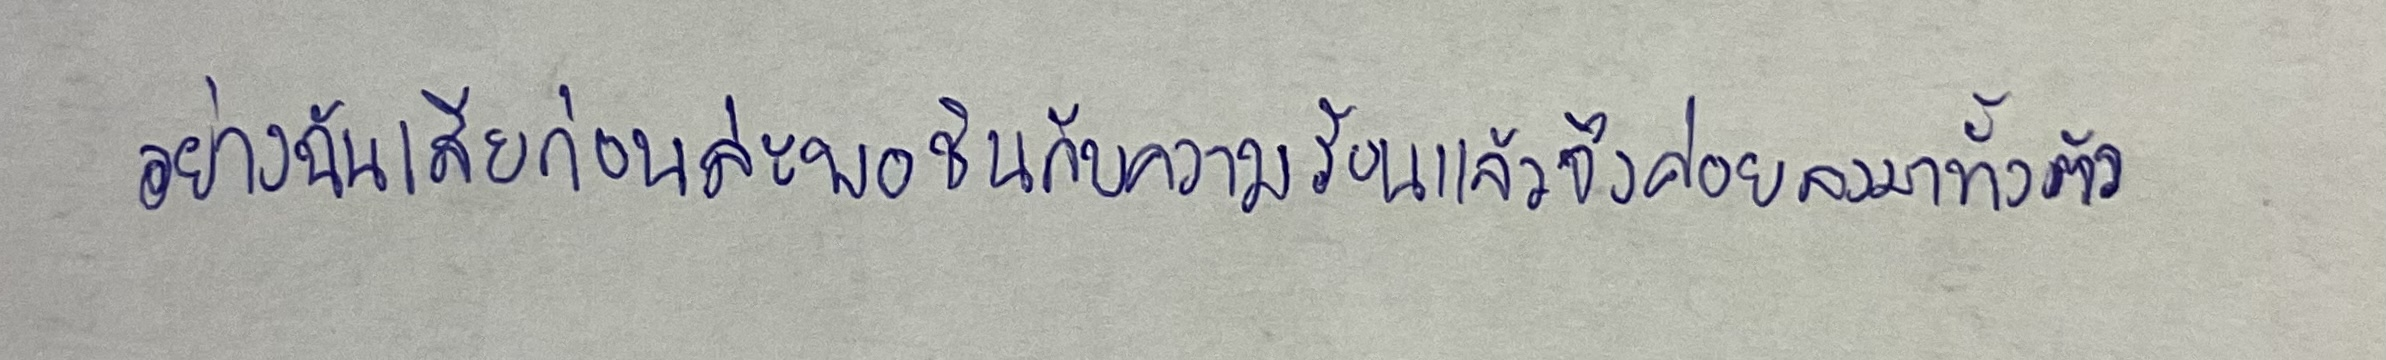
อย่างฉันเสียก่อนล่ะพอชินกับความร้อนแล้วจึงค่อยลงมาทั้งตัว